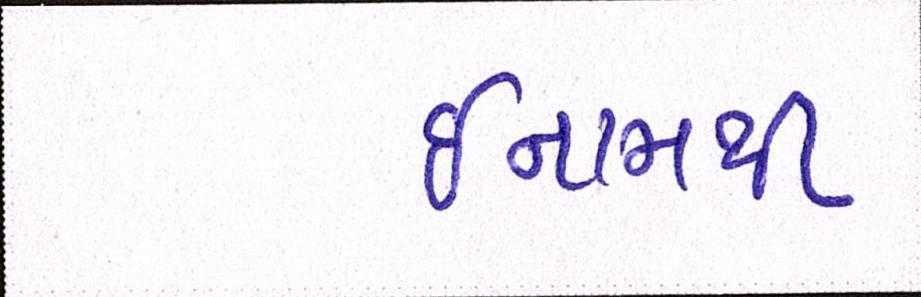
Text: ઈનામથી